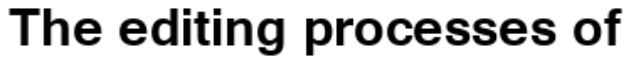
The editing processes of